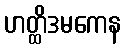
ဟတ္ထိဒမကေန